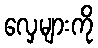
လှေများကို